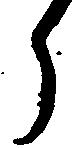
ら